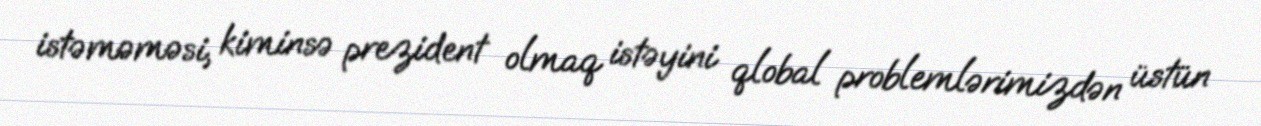
istəməməsi, kiminsə prezident olmaq istəyini qlobal problemlərimizdən üstün